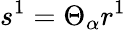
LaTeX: s^{1}=\Theta_{\alpha}r^{1}